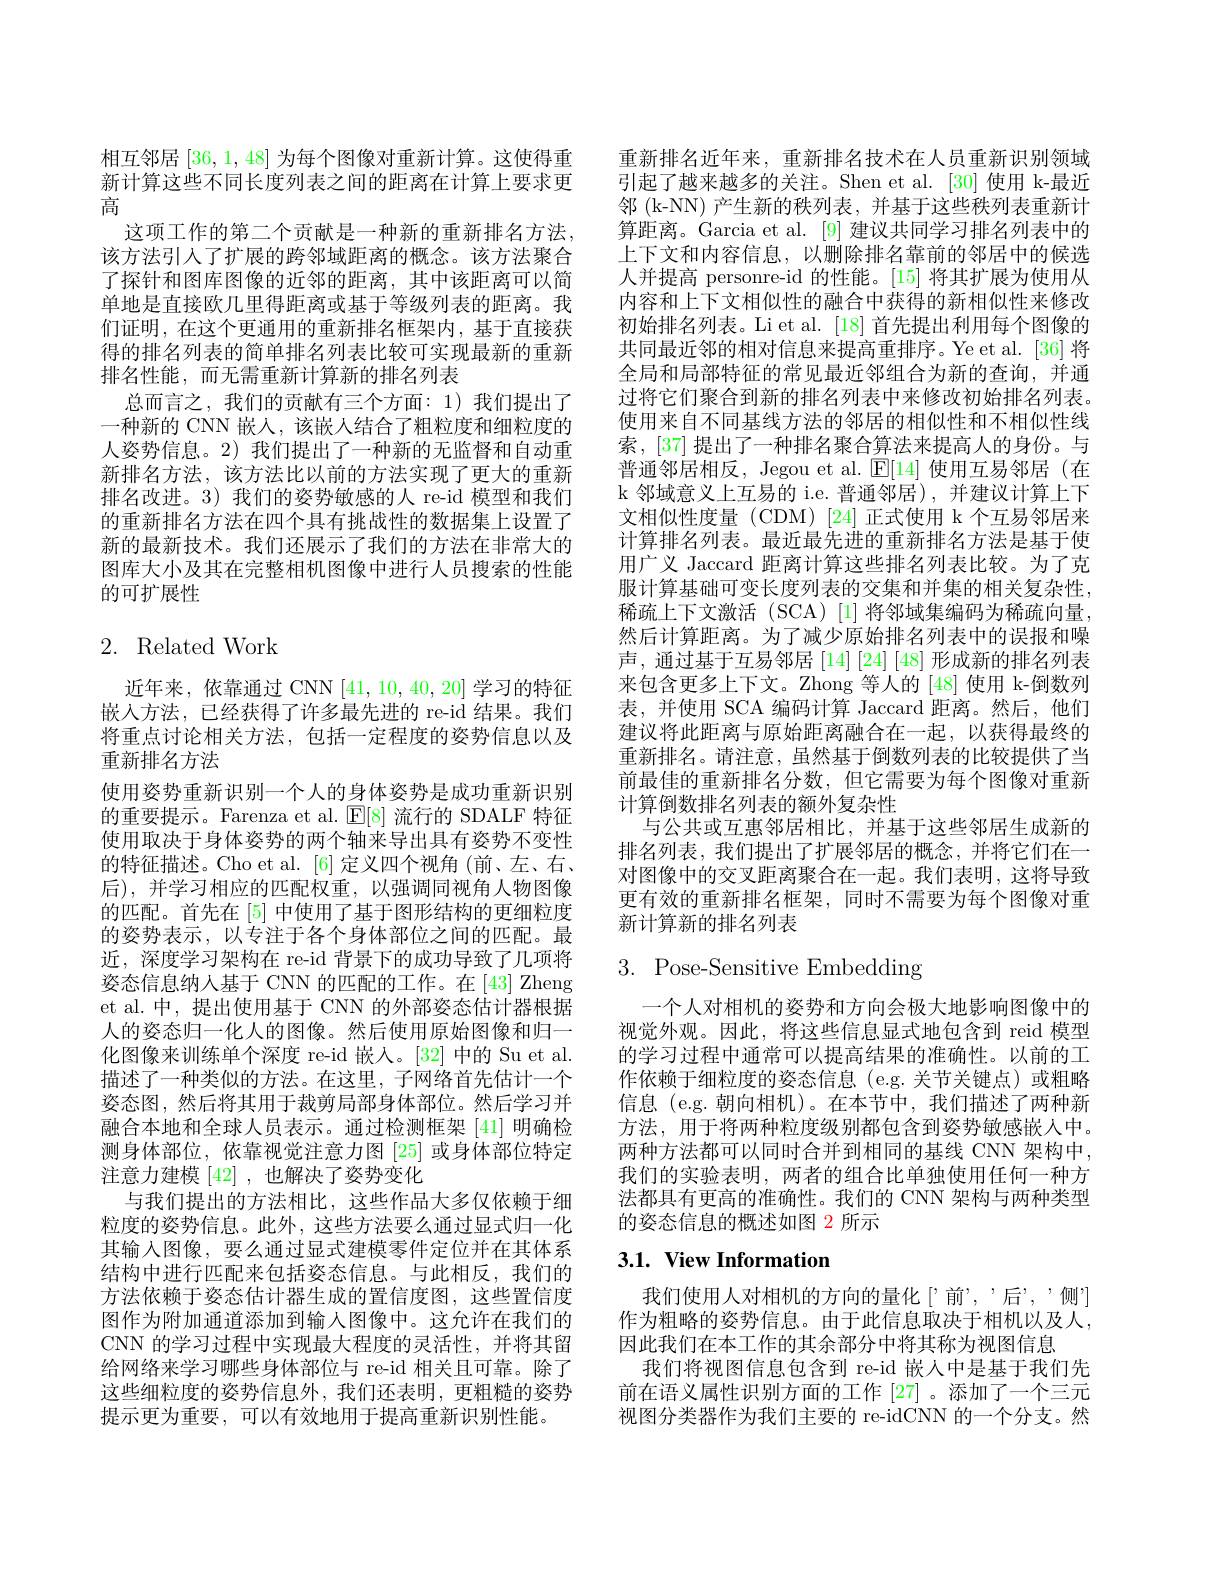
相互邻居[36,1,48]为每个图像对重新计算。这使得重新计算这些不同长度列表之间的距离在计算上要求更高
这项工作的第二个贡献是一种新的重新排名方法， 该方法引入了扩展的跨邻域距离的概念。该方法聚合了探针和图库图像的近邻的距离，其中该距离可以简单地是直接欧几里得距离或基于等级列表的距离。我们证明，在这个更通用的重新排名框架内，基于直接获得的排名列表的简单排名列表比较可实现最新的重新排名性能，而无需重新计算新的排名列表
总而言之，我们的贡献有三个方面：1)我们提出了一种新的 CNN 嵌入，该嵌人结合了粗粒度和细粒度的人姿势信息。2) 我们提出了一种新的无监督和自动重新排名方法，该方法比以前的方法实现了更大的重新排名改进。3)我们的姿势敏感的人 re-id 模型和我们的重新排名方法在四个具有挑战性的数据集上设置了新的最新技术。我们还展示了我们的方法在非常大的图库大小及其在完整相机图像中进行人员搜索的性能的可扩展性

# 2. Related Work

近年来，依靠通过 CNN [41,10,40,20]学习的特征嵌入方法，已经获得了许多最先进的 re-id 结果。我们将重点讨论相关方法，包括一定程度的姿势信息以及重新排名方法
使用姿势重新识别一个人的身体姿势是成功重新识别的重要提示。Farenza et al. $\operatorname{E[8]}$流行的 SDALF 特征使用取决于身体姿势的两个轴来导出具有姿势不变性的特征描述。Cho et al.[6] 定义四个视角(前、左、右、 后),并学习相应的匹配权重，以强调同视角人物图像的匹配。首先在[5]中使用了基于图形结构的更细粒度的姿势表示，以专注于各个身体部位之间的匹配。最近，深度学习架构在 re-id 背景下的成功导致了几项将姿态信息纳人基于 CNN 的匹配的工作。在[43] Zheng et al.中，提出使用基于 CNN 的外部姿态估计器根据人的姿态归一化人的图像。然后使用原始图像和归一化图像来训练单个深度 re-id 嵌人。[32] 中的 Su et al. 描述了一种类似的方法。在这里，子网络首先估计一个姿态图，然后将其用于裁剪局部身体部位。然后学习并融合本地和全球人员表示。通过检测框架 [41] 明确检测身体部位，依靠视觉注意力图[25]或身体部位特定注意力建模[42] ,也解决了姿势变化
与我们提出的方法相比，这些作品大多仅依赖于细粒度的姿势信息。此外，这些方法要么通过显式归一化其输入图像，要么通过显式建模零件定位并在其体系结构中进行匹配来包括姿态信息。与此相反，我们的方法依赖于姿态估计器生成的置信度图，这些置信度图作为附加通道添加到输入图像中。这允许在我们的CNN 的学习过程中实现最大程度的灵活性，并将其留给网络来学习哪些身体部位与 re-id 相关且可靠。除了这些细粒度的姿势信息外，我们还表明，更粗糙的姿势提示更为重要，可以有效地用于提高重新识别性能。

重新排名近年来，重新排名技术在人员重新识别领域引起了越来越多的关注。Shen et al.[30] 使用 k-最近邻 (k-NN) 产生新的秩列表，并基于这些秩列表重新计算距离。Garcia et al. [9] 建议共同学习排名列表中的上下文和内容信息，以删除排名靠前的邻居中的候选人并提高 personre-id 的性能。[15] 将其扩展为使用从内容和上下文相似性的融合中获得的新相似性来修改初始排名列表。Li et al. [18] 首先提出利用每个图像的共同最近邻的相对信息来提高重排序。Ye et al.[36]将全局和局部特征的常见最近邻组合为新的查询，并通过将它们聚合到新的排名列表中来修改初始排名列表。使用来自不同基线方法的邻居的相似性和不相似性线索，[37] 提出了一种排名聚合算法来提高人的身份。与普通邻居相反，Jegou et al. $\operatorname{E[14]}$使用互易邻居(在k 邻域意义上互易的 i.e. 普通邻居),并建议计算上下文相似性度量(CDM)[24]正式使用 k个互易邻居来计算排名列表。最近最先进的重新排名方法是基于使用广义 Jaccard 距离计算这些排名列表比较。为了克服计算基础可变长度列表的交集和并集的相关复杂性， 稀疏上下文激活(SCA)[1]将邻域集编码为稀疏向量， 然后计算距离。为了减少原始排名列表中的误报和噪声，通过基于互易邻居[14][24][48]形成新的排名列表来包含更多上下文。Zhong 等人的 [48] 使用 k-倒数列表，并使用 SCA 编码计算 Jaccard 距离。然后，他们建议将此距离与原始距离融合在一起，以获得最终的重新排名。请注意，虽然基于倒数列表的比较提供了当前最佳的重新排名分数，但它需要为每个图像对重新计算倒数排名列表的额外复杂性
与公共或互惠邻居相比，并基于这些邻居生成新的排名列表，我们提出了扩展邻居的概念，并将它们在一对图像中的交叉距离聚合在一起。我们表明，这将导致更有效的重新排名框架，同时不需要为每个图像对重新计算新的排名列表

# 3. Pose-Sensitive Embedding

一个人对相机的姿势和方向会极大地影响图像中的视觉外观。因此，将这些信息显式地包含到 reid 模型的学习过程中通常可以提高结果的准确性。以前的工作依赖于细粒度的姿态信息(e.g.关节关键点)或粗略信息 (e.g. 朝向相机)。在本节中，我们描述了两种新方法，用于将两种粒度级别都包含到姿势敏感嵌人中。两种方法都可以同时合并到相同的基线 CNN 架构中， 我们的实验表明，两者的组合比单独使用任何一种方法都具有更高的准确性。我们的 CNN 架构与两种类型的姿态信息的概述如图 2 所示

# 3.1. View Information

我们使用人对相机的方向的量化[’前”,‘后”,‘侧”] 作为粗略的姿势信息。由于此信息取决于相机以及人， 因此我们在本工作的其余部分中将其称为视图信息
我们将视图信息包含到 re-id 嵌人中是基于我们先前在语义属性识别方面的工作 [27] 。添加了一个三元视图分类器作为我们主要的 re-idCNN 的一个分支。然